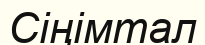
Сіңімтал